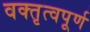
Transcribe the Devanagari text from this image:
वक्तृत्वपूर्ण